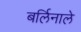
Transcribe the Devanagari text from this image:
बर्लिनाले